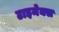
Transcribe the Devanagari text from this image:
टाइमेक्स